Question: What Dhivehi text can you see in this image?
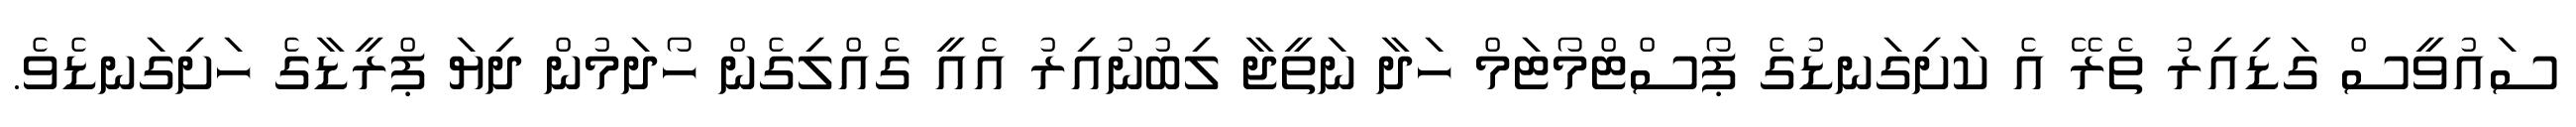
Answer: ސައުވީސް ގަޑިއިރު ތެރޭ އެ ކަށިގަނޑުގެ ޕޯސްޓްމޯޓަމް ހަދާ ނަތީޖާ ލިބުނުއިރު އެއީ ގެއްލިގެން ހޯދަމުން ދިޔަ ޕްރީޑާގެ ހަށިގަނޑެވެ.